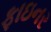
ફાઇનર